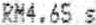
RM4.65 S